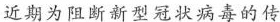
近期为阻断新型冠状病毒的传